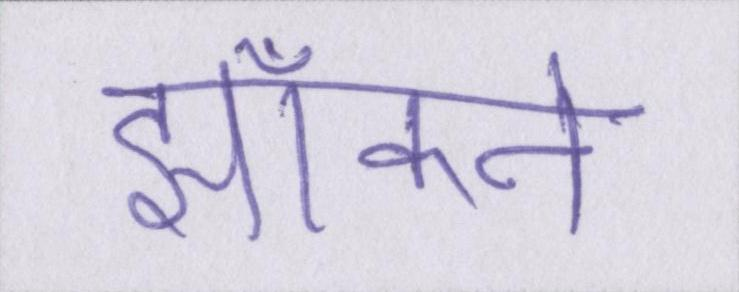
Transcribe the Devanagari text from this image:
झाँकने